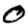
Digit: 0